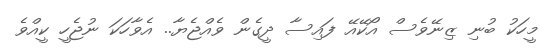
މީހަކު ބުނި ޒިނޭވެސް އޯކޭއޭ ފައިސާ ދީގެން ވެއްޖެޔާ.. އެވާހަކަ ނުޖެހީ ކީއްވެ